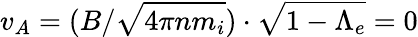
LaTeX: v_{A}=(B/\sqrt{4\pi nm_{i}})\cdot\sqrt{1-\Lambda_{e}}=0